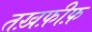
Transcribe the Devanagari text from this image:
तख़फ़ीफ़